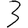
Digit: 3